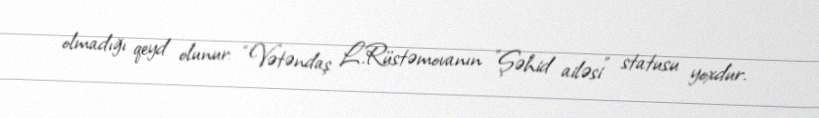
olmadığı qeyd olunur: “Vətəndaş L.Rüstəmovanın ”Şəhid ailəsi" statusu yoxdur.